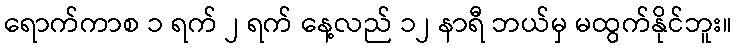
ရောက်ကာစ ၁ ရက် ၂ ရက် နေ့လည် ၁၂ နာရီ ဘယ်မှ မထွက်နိုင်ဘူး။